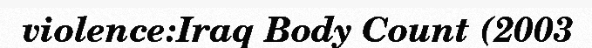
violence:Iraq Body Count (2003